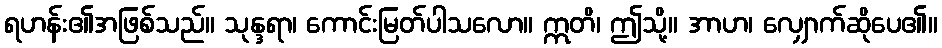
ရဟန်း၏အဖြစ်သည်။ သုန္ဒရာ၊ ကောင်းမြတ်ပါသလော။ ဣတိ၊ ဤသို့။ အာဟ၊ လျှောက်ဆိုပေ၏။